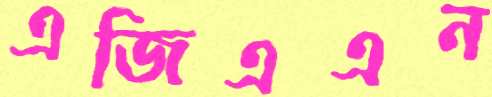
এজিএএন